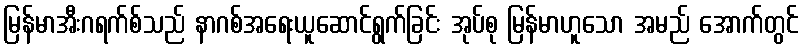
မြန်မာအီးဂရက်စ်သည် နာဂစ်အရေးယူဆောင်ရွက်ခြင်း အုပ်စု မြန်မာဟူသော အမည် အောက်တွင်